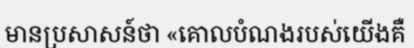
មានប្រសាសន៍ថា «គោលបំណងរបស់យើងគឺ